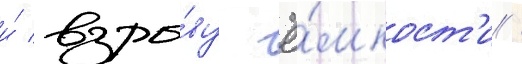
и́ взры́ву ё́мкост'и /